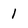
Character: 1